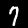
Label: 7